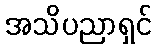
အသိပညာရှင်